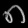
Digit: ၈